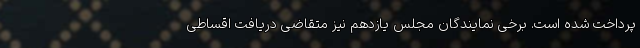
پرداخت شده است. برخی نمایندگان مجلس یازدهم نیز متقاضی دریافت اقساطی